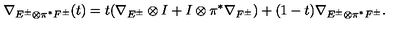
\nabla _ { E ^ { \pm } \otimes \pi ^ { * } F ^ { \pm } } ( t ) = t ( \nabla _ { E ^ { \pm } } \otimes I + I \otimes \pi ^ { * } \nabla _ { F ^ { \pm } } ) + ( 1 - t ) \nabla _ { E ^ { \pm } \otimes \pi ^ { * } F ^ { \pm } } .